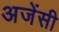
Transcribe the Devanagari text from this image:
अजेंसी